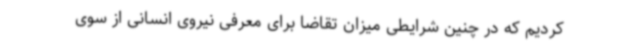
کردیم که در چنین شرایطی میزان تقاضا برای معرفی نیروی انسانی از سوی